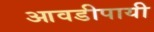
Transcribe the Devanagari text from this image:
आवडीपायी